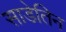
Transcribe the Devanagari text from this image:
साडेतिन